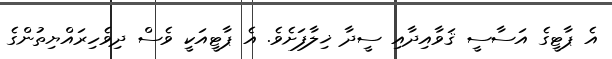
އެ ޕާޓީގެ އަސާސީ ޤަވާއިދާއި ސީދާ ޚިލާފަށެވެ. އެ ޕާޓީއަކީ ވެސް ދިވެހިރައްޔިތުންގެ